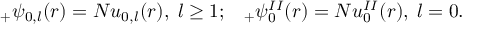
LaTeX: _ { + } \psi _ { 0 , l } ( r ) = N u _ { 0 , l } ( r ) { } , \; l \geq 1 ; \; \; \; _ { + } \psi _ { 0 } ^ { I I } ( r ) = N u _ { 0 } ^ { I I } ( r ) { } , \; l = 0 .